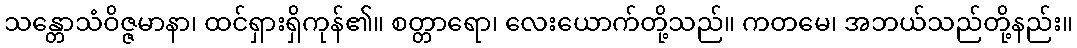
သန္တောသံဝိဇ္ဇမာနာ၊ ထင်ရှားရှိကုန်၏။ စတ္တာရော၊ လေးယောက်တို့သည်။ ကတမေ၊ အဘယ်သည်တို့နည်း။